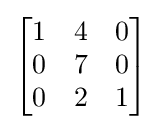
{\begin{bmatrix}1&4&0\\0&7&0\\0&2&1\end{bmatrix}}